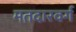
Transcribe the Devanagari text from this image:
मतदारवर्ग